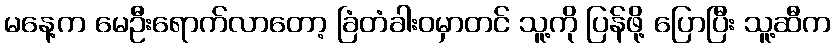
မနေ့က မေဦးရောက်လာတော့ ခြံတံခါးဝမှာတင် သူ့ကို ပြန်ဖို့ ပြောပြီး သူ့ဆီက